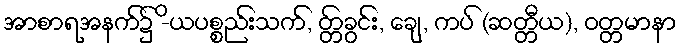
အာစာရအနက်၌ -ိယပစ္စည်းသက်, တ္တ်ခွင်း, ချေ, ကပ် (ဆတ္တီယ), ဝတ္တမာနာ